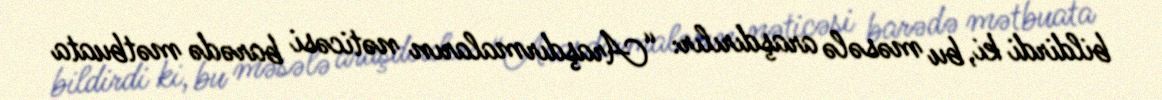
bildirdi ki, bu məsələ araşdırılır: “Araşdırmaların nəticəsi barədə mətbuata